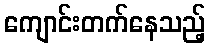
ကျောင်းတက်နေသည့်